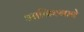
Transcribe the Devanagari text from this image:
आनिश्नाबे